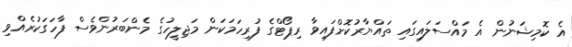
އެ ކޮމިޝަނުން އެ މައްސަލައިގައި ތައްޔާރުކޮށްފައިވާ ރިޕޯޓްގެ ފުރިހަމަކަން މަޖިލީހުގެ މެންބަރުންވެސް ފާހަގަކުރެއްވި